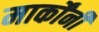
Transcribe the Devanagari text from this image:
मार्कोंनी